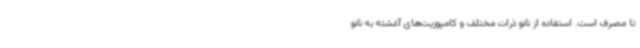
تا مصرف است. استفاده از نانو ذرات مختلف و کامپوزیت‌های آغشته به نانو